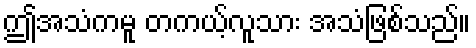
ဤအသံကမူ တကယ့်လူသား အသံဖြစ်သည်။